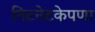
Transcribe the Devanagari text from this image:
निटनेटकेपणा